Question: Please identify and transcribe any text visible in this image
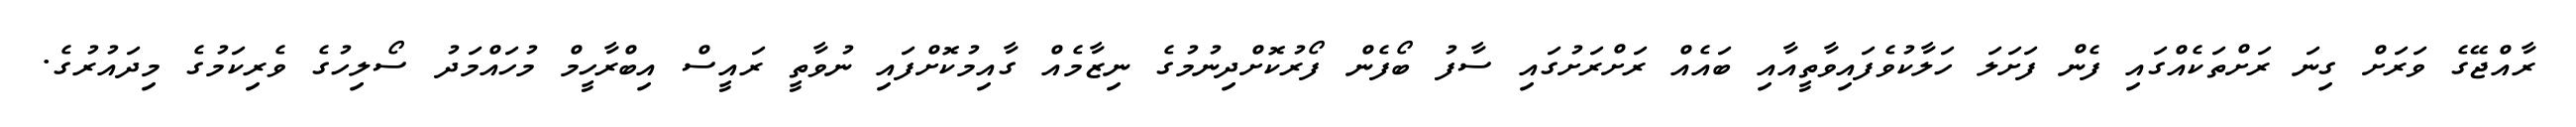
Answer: ރާއްޖޭގެ ވަރަށް ގިނަ ރަށްތަކެއްގައި ފެން ފަށަލަ ހަލާކުވެފައިވާތީއާއި ބައެއް ރަށްރަށުގައި ސާފު ބޯފެން ފޯރުކޮށްދިނުމުގެ ނިޒާމެއް ގާއިމުކޮށްފައި ނުވާތީ ރައީސް އިބްރާހީމް މުހައްމަދު ސޯލިހުގެ ވެރިކަމުގެ މިދައުރުގެ.